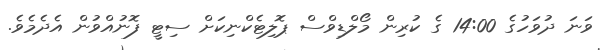
ވަނަ ދުވަހުގެ 14:00 ގެ ކުރިން މޯލްޑިވްސް ޕޮލިޓެކްނިކަށް ސިޓީ ފޮނުއްވުން އެދެމެވެ.